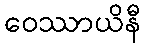
ဝေဿာယိနီ